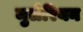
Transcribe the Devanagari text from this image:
मुलेरियन